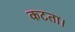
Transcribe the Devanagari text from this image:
कटता।